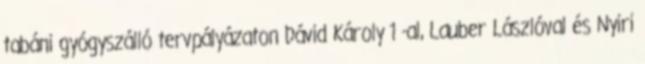
tabáni gyógyszálló tervpályázaton Dávid Károly 1 -al, Lauber Lászlóval és Nyiri